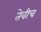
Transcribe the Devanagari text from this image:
तेवीच